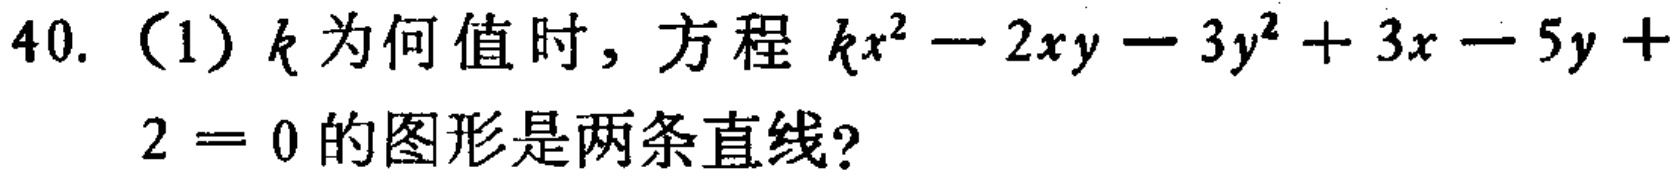
40. （1）$k$为何值时，方程$kx^{2}-2xy - 3y^{2}+3x - 5y + 2 = 0$的图形是两条直线？